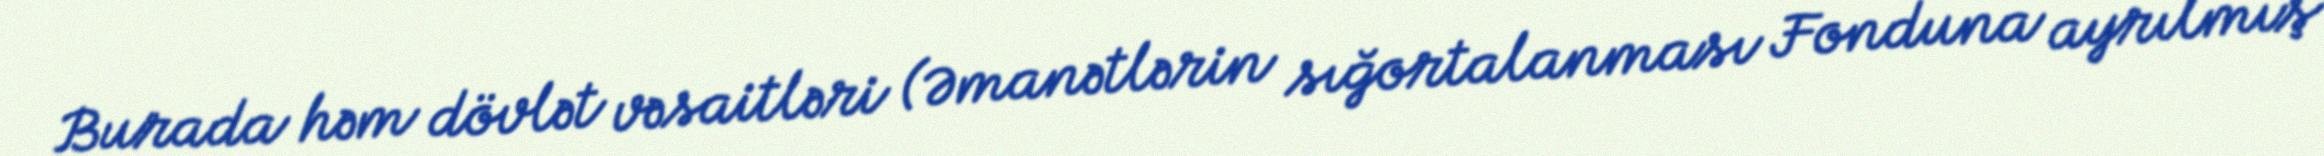
Burada həm dövlət vəsaitləri (Əmanətlərin sığortalanması Fonduna ayrılmış